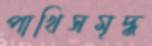
পাখিসমৃদ্ধ